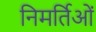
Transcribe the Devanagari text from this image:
निमर्तिओं